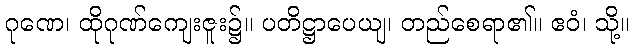
ဂုဏေ၊ ထိုဂုဏ်ကျေးဇူး၌။ ပတိဋ္ဌာပေယျ၊ တည်စေရာ၏။ ဧဝံ၊ သို့။